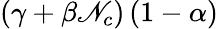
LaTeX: \left(\gamma+\beta\mathscr{N}_{c}\right)\left(1-\alpha\right)